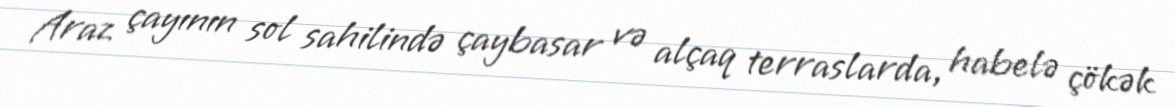
Araz çayının sol sahilində çaybasar və alçaq terraslarda, habelə çökək